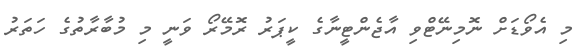
މި އެވޯޑަށް ނޮމިނޭޓްވި އާޖެންޓީނާގެ ކީޕަރު ރޮމޭރޯ ވަނީ މި މުބާރާތުގެ ހަތަރު